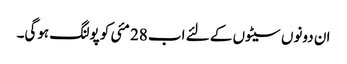
ان دونوں سیٹوں کے لئے اب 28 مئی کو پولنگ ہوگی۔